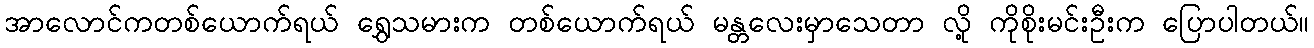
အာလောင်ကတစ်ယောက်ရယ် ရွှေသမားက တစ်ယောက်ရယ် မန္တလေးမှာသေတာ လို့ ကိုစိုးမင်းဦးက ပြောပါတယ်။